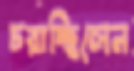
চরাচ্ছিলেন